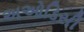
અઓડિસી